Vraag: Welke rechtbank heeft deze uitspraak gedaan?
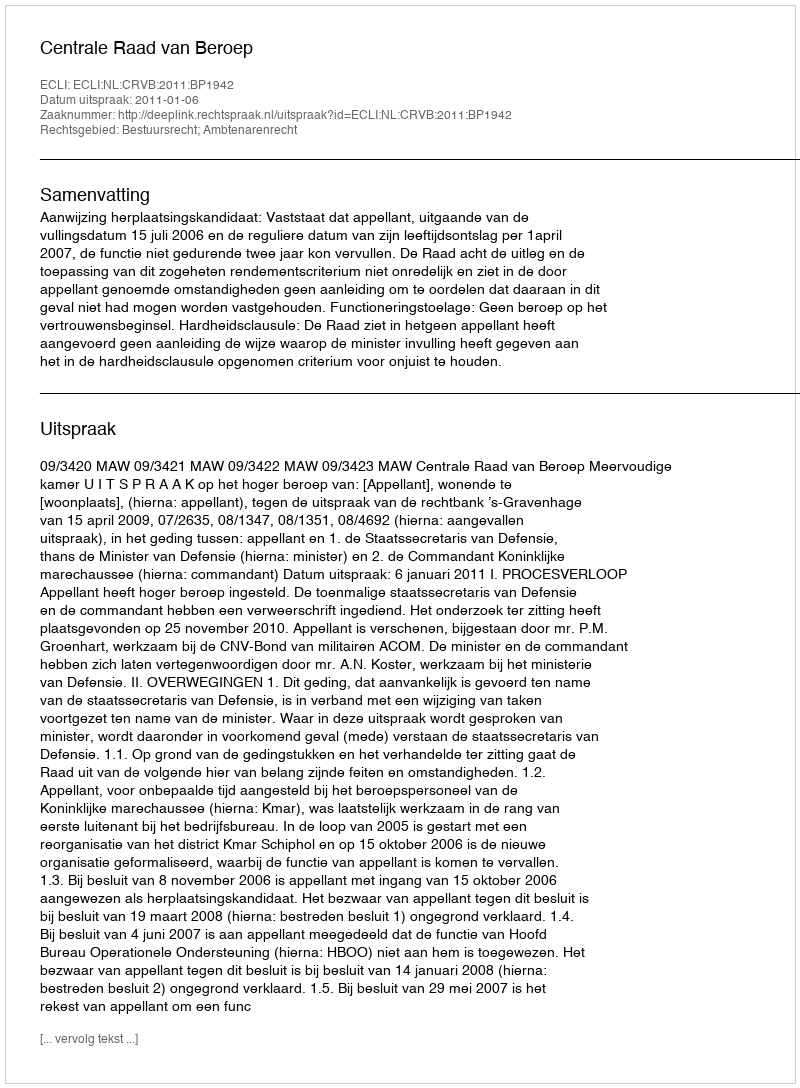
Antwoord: Centrale Raad van Beroep